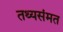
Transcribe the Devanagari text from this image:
तथ्यसंमत